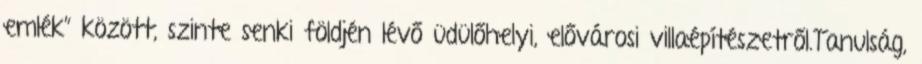
emlék” között, szinte senki földjén lévő üdülőhelyi, elővárosi villaépítészetről.Tanulság,